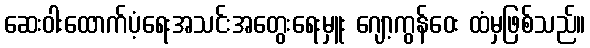
ဆေးဝါးထောက်ပံ့ရေးအသင်းအတွေးရေးမှူး ဂျော့ကွန်ဝေး ထံမှဖြစ်သည်။